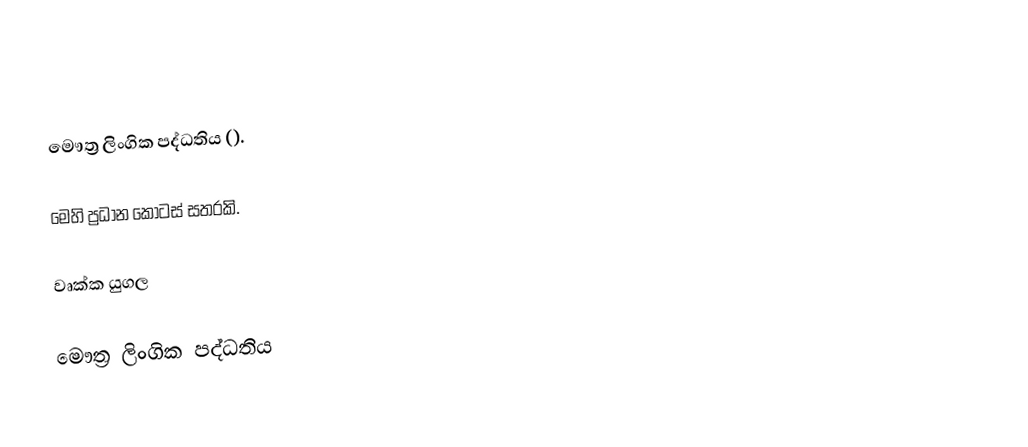
මෞත්‍ර ලිංගික පද්ධතිය ().

මෙහි ප්‍රධාන කොටස් සතරකි.

 වෘක්ක යුගල

මෞත්‍ර ලිංගික පද්ධතිය